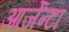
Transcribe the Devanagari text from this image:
आर्जेन्टा